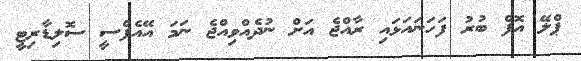
ޕްލޭ އޮފް ބުރު ފަހަނައަޅައި ރާއްޖެ އަށް ނުދެއްވިއްޖެ ނަމަ އޭއެފްސީ ސޮލިޑާރިޓީ